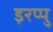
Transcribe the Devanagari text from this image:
इरप्पु